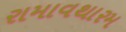
રામાવથારમ